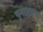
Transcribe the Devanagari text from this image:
पुनःध्रुवण